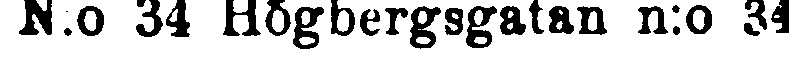
N:o 34 Högbergsgatan n:o 34